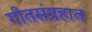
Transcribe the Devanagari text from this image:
गीतसंग्रहात